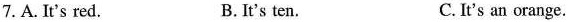
7. A. It's red. B.It's ten. C. It's an orange.